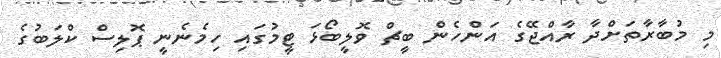
މި މުބާރާތަށްދާ ރާއްޖޭގެ އަންހެން ބީޗް ވޮލީބޯޅަ ޓީމުގައި ހިމެނެނީ ޕޮލިސް ކްލަބުގެ